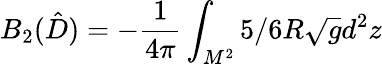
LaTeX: B_{2}(\hat{D})=-{\frac{1}{4\pi}}\int_{M^{2}}^{}5/6R\sqrt{g}d^{2}z